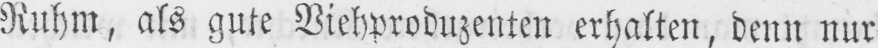
Ruhm, als gute Viehproduzenten erhalten, denn nur